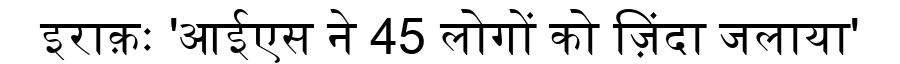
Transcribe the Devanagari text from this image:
इराक़ः 'आईएस ने 45 लोगों को ज़िंदा जलाया'